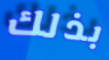
بذلك